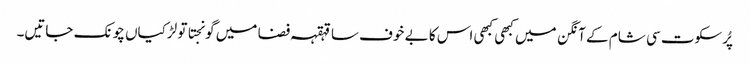
پُرسکوت سی شام کے آنگن میں کبھی کبھی اس کا بے خوف سا قہقہہ فضا میں گونجتا تو لڑکیاں چونک جاتیں۔